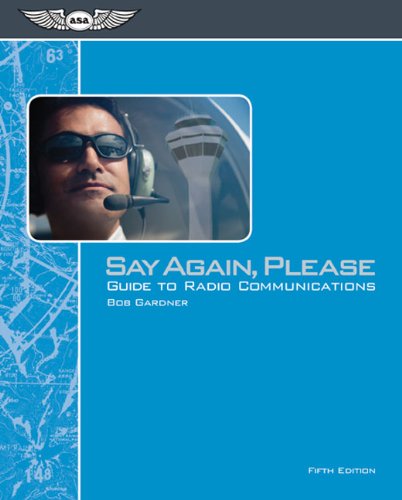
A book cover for Say Again, Please: Guide to Radio Communications; Bob Gardner; Engineering & Transportation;